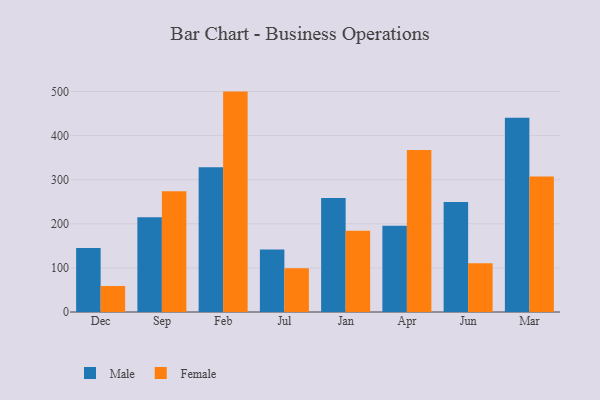
{"axis": {"x": "Month", "y": "Latency (ms)"}, "legend": ["Female", "Male"], "data": [{"x": "Dec", "y": 145.4, "type": "Male"}, {"x": "Dec", "y": 58.9, "type": "Female"}, {"x": "Sep", "y": 214.9, "type": "Male"}, {"x": "Sep", "y": 273.8, "type": "Female"}, {"x": "Feb", "y": 328.3, "type": "Male"}, {"x": "Feb", "y": 499.8, "type": "Female"}, {"x": "Jul", "y": 141.5, "type": "Male"}, {"x": "Jul", "y": 99.4, "type": "Female"}, {"x": "Jan", "y": 258.8, "type": "Male"}, {"x": "Jan", "y": 184.2, "type": "Female"}, {"x": "Apr", "y": 195.4, "type": "Male"}, {"x": "Apr", "y": 367.4, "type": "Female"}, {"x": "Jun", "y": 249.5, "type": "Male"}, {"x": "Jun", "y": 110.6, "type": "Female"}, {"x": "Mar", "y": 440.5, "type": "Male"}, {"x": "Mar", "y": 307.3, "type": "Female"}]}